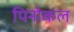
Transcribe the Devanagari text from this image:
पिनोकल